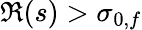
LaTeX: \Re(s)>\sigma_{0,f}